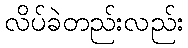
လိပ်ခဲတည်းလည်း